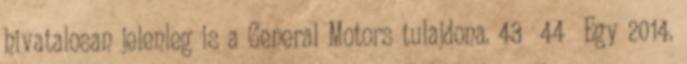
hivatalosan jelenleg is a General Motors tulajdona. 43 44 Egy 2014.